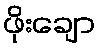
ဖိုးချော